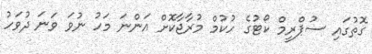
ގޮތުގައި ސުޕްރީމް ކޯޓުގެ ހުކުމް މުރާޖާކޮށް އަންނަ މަހު ނުވަ ވަނަ ދުވަހު